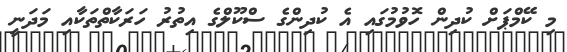
މި ކޭމްޕަށް ކުދިން ހޮވުމުގައި އެ ކުދިންގެ ސްކޫލްގެ އިތުރު ހަރަކާތްތަކާއި މަދަނީ